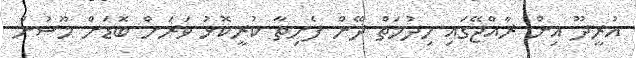
އުރީދޫ އިން ރާއްޖޭގައި ހިދުމަތް ދޭން ފެށިތާ ކުރީކޮޅު ވަރަށް ބޮޑަށް މޫސުން